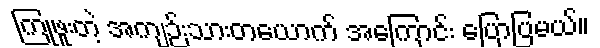
ကြုံဖူးတဲ့ အကျဉ်းသားတယောက် အကြောင်း ပြောပြမယ်။